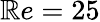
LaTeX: \mathbb{R}e=25